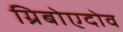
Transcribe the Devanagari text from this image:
ग्रिबोएदोव